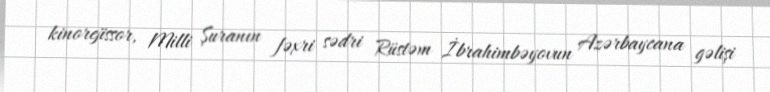
kinorejissor, Milli Şuranın fəxri sədri Rüstəm İbrahimbəyovun Azərbaycana gəlişi